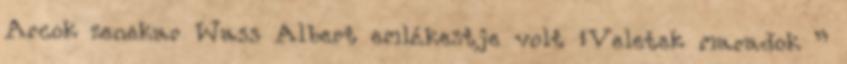
Arcok zenekar Wass Albert emlékestje volt „Veletek maradok ”